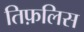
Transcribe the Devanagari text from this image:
तिफ़लिस